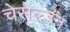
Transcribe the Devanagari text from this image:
चेसेल्डन